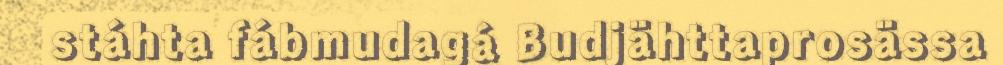
stáhta fábmudagá Budjähttaprosässa